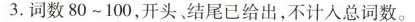
3.词数80~100，开头、结尾已给出，不计入总词数。